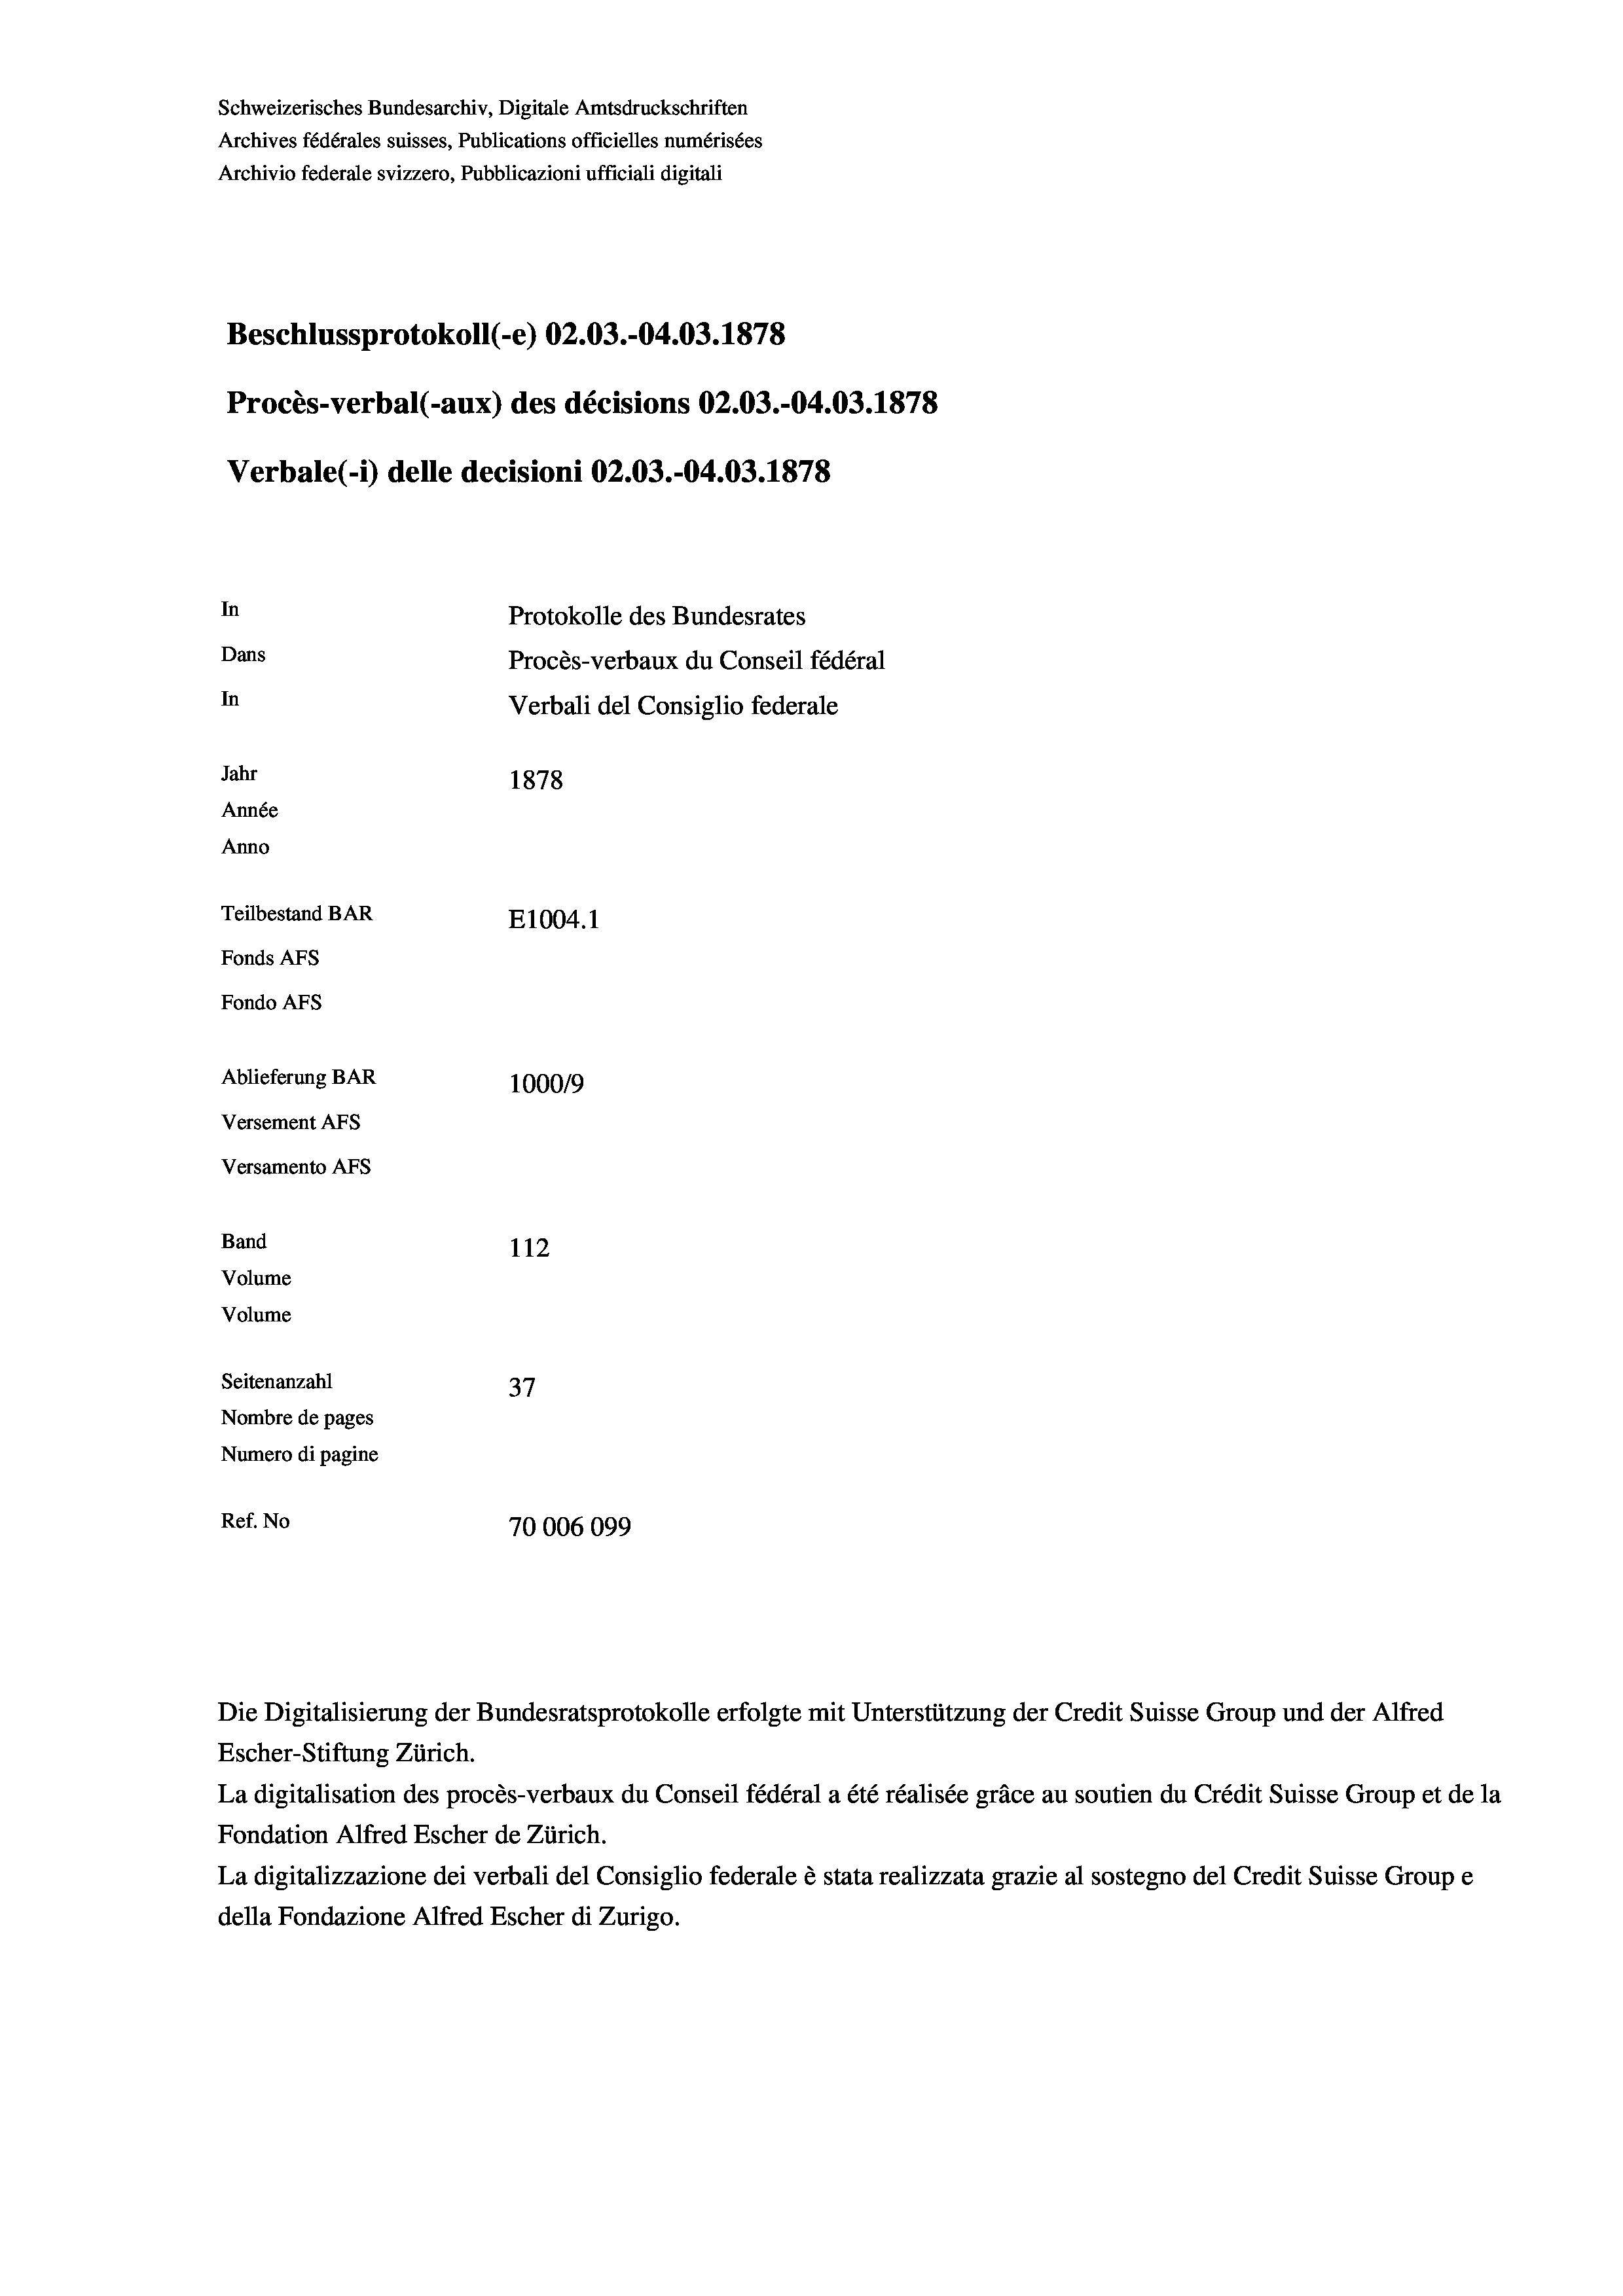
Schweizerisches Bundesarchiv, Digitale Amtsdruckschriften
Archives fédérales suisses, Publications officielles numérisées
Archivio federale svizzero, Pubblicazioni ufficiali digitali
Beschlussprotokoll (-e) 02.03.-04.03. 1878
Procès-verbal (-aux) des décisions 02.03.-04.03. 1878
Verbale (- 1) delle decisioni 02.03.-04.03. 1878
In
Protokolle des Bundesrates
Dans
Procès-verbaux du Conseil fédéral
In
Verbali del Consiglio federale
Jahr
1878
Année
Anno
Teilbestand BAR
E1004. 1
Fonds AFs
Fondo Afs
Ablieferung BAR
100019
Versement AFs
Versamento AFs
Band
112
Volume
Volume
Seitenanzahl
37
Nombre de pages
Numero di pagine
Ref. No
70006099

Escher-Stiftung Zürich.
La digitalisation des procès-verbaux du Conseil fédéral a été réalisée gräce au soutien du Crédit Suisse Group et de la
Fondation Alfred Escher de Zürich.
La digitalizzazione dei verbali del Consiglio federale è stata realizzata grazie al sostegno del Credit Suisse Groupe
della Fondazione Alfred Escher di Zurigo.

Die Digitalisierung der Bundesratsprotokolle erfolgte mit Unterstützung der Credit Suisse Group und der Alfred